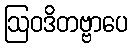
ဩဝဒိတဗ္ဗာပေ